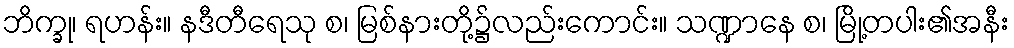
ဘိက္ခု၊ ရဟန်း။ နဒီတီရေသု စ၊ မြစ်နားတို့၌လည်းကောင်း။ သဏ္ဍာနေ စ၊ မြို့တပါး၏အနီး